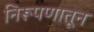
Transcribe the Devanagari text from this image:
निरूपणातून